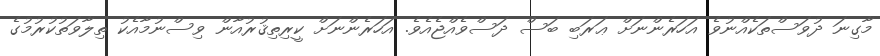
މާގިނަ ދުވަސްތަކެއްނުވެ އަހަރެންނަށް ޢަރަބި ބަސް ދަސްވެއްޖެއެވެ. އަހަރެންނަށް ކީރިތިޤުރުއާން ވިސްނުމާއެކު ތިލާވަތުކުރުމުގެ